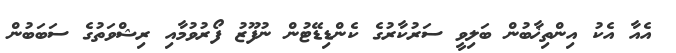
އެއާ އެކު އިންތިޚާބުން ބަލިވީ ސަރުކާރުގެ ކެންޑިޑޭޓުން ނުފޫޒު ފޯރުވުމާއި ރިޝްވަތުގެ ސަބަބުން